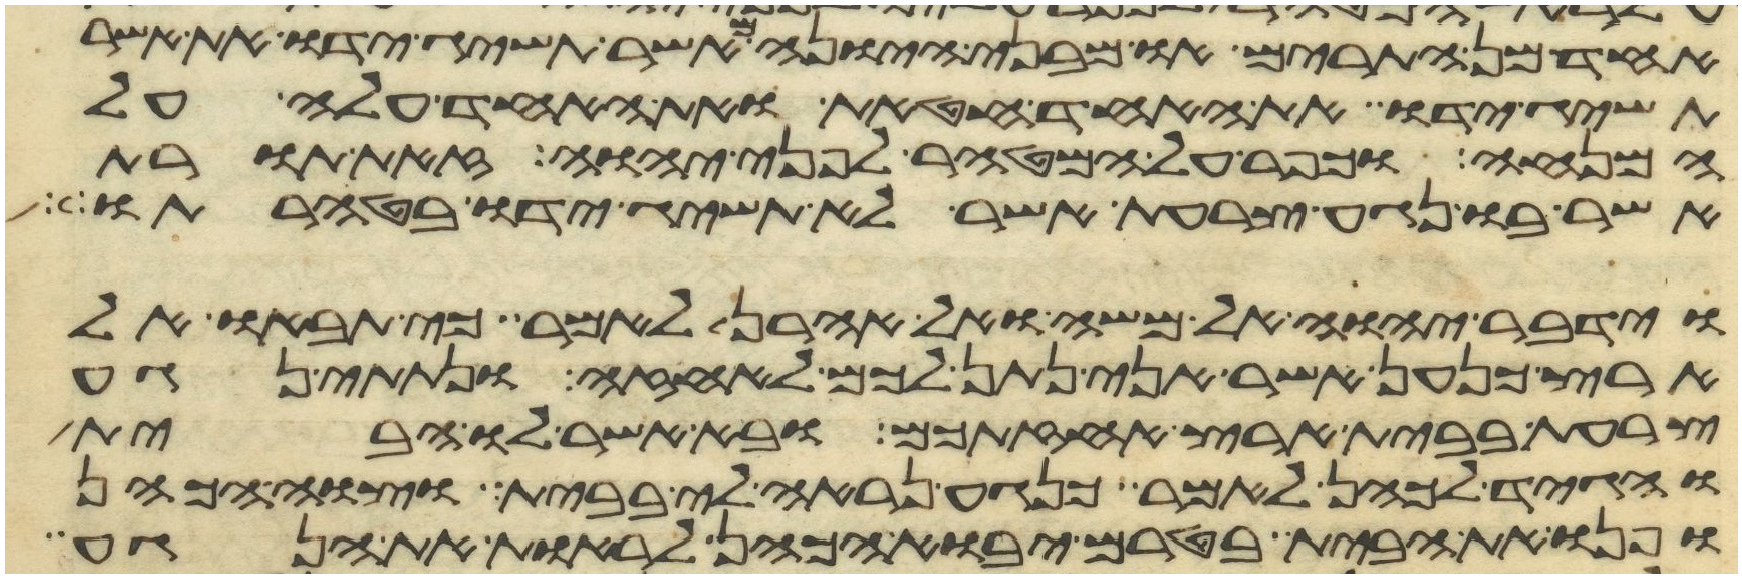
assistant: האחד מן התרים או מבני היונה מאשר תשיג ידו את אשר
תשיג ידו את האחד חטאת ואת האחד עלה על
המנחה וכפר על המטהר לפני יהוה זאת תורת
אשר בו נגע צרעת אשר לא תשיג ידו בטהרתו
וידבר יהוה אל משה ואל אהרן לאמר כי תבאו אל
ארץ כנען אשר אני נתן לכם לאחזה ונתתי נגע
צרעת בבית ארץ אחזתכם ובא אשר לו הבית
והגיד לכהן לאמר כנגע נראה לי בבית וצוה הכהן
ופנו את הבית בטרם יבוא הכהן לראות את הנגע